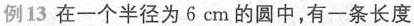
例13在一个半径为6cm的圆中，有一条长度